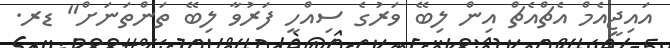
އައިޖީއެމް އެޗްއެޗް އިން ލިބޭ ވަރުގެ ސިއްހީ ފަރުވާ ލިބޭ ތަންތަނަށް" ޑރ.